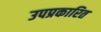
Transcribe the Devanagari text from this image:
उपप्रकारित